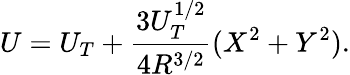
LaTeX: U=U_{T}+\frac{3U_{T}^{1/2}}{4R^{3/2}}(X^{2}+Y^{2}).